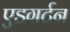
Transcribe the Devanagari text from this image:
एडगर्टन